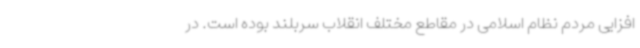
افزایی مردم نظام اسلامی در مقاطع مختلف انقلاب سربلند بوده است. در